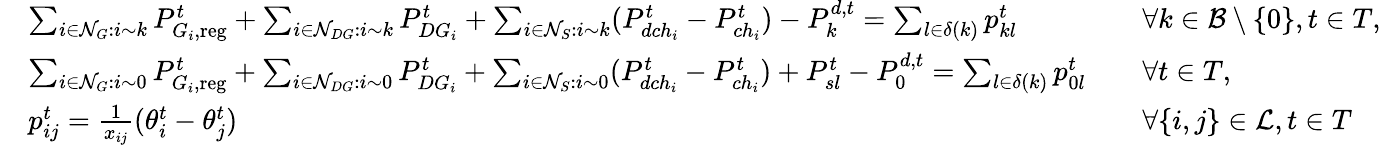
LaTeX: \begin{array}{rlrl}&{\sum_{i\in\mathcal{N}_{G}:i\sim k}P_{G_{i},\mathrm{reg}}^{t}+\sum_{i\in\mathcal{N}_{DG}:i\sim k}P_{DG_{i}}^{t}+\sum_{i\in\mathcal{N}_{S}:i\sim k}(P_{dch_{i}}^{t}-P_{ch_{i}}^{t})-P_{k}^{d,t}=\sum_{l\in\delta(k)}p_{kl}^{t}}&&{\forall k\in\mathcal{B}\setminus\{ 0\} ,t\in T,}\\ &{\sum_{i\in\mathcal{N}_{G}:i\sim 0}P_{G_{i},\mathrm{reg}}^{t}+\sum_{i\in\mathcal{N}_{DG}:i\sim 0}P_{DG_{i}}^{t}+\sum_{i\in\mathcal{N}_{S}:i\sim 0}(P_{dch_{i}}^{t}-P_{ch_{i}}^{t})+P_{sl}^{t}-P_{0}^{d,t}=\sum_{l\in\delta(k)}p_{0l}^{t}}&&{\forall t\in T,}\\ &{p_{ij}^{t}=\frac{1}{x_{ij}}(\theta_{i}^{t}-\theta_{j}^{t})}&&{\forall\{ i,j\} \in\mathcal{L},t\in T}\end{array}